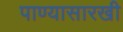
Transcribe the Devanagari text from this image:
पाण्यासारखी